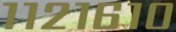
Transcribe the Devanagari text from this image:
११२१६१०